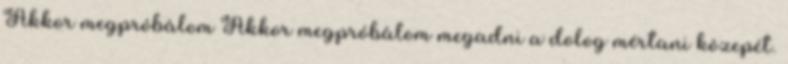
Akkor megpróbálom Akkor megpróbálom megadni a dolog mértani közepét.